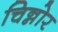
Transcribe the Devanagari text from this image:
चिन्नोर